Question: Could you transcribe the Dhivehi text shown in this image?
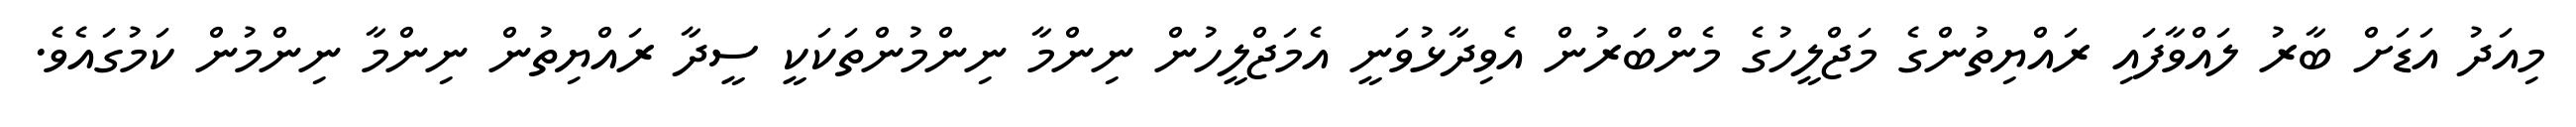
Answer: މިއަދު އަޑަށް ބާރު ލައްވާފައި ރައްޔިތުންގެ މަޖްލީހުގެ މެންބަރުން އެވިދާޅުވަނީ އެމަޖްލީހުން ނިންމާ ނިންމުންތަކަކީ ސީދާ ރައްޔިތުން ނިންމާ ނިންމުން ކަމުގައެވެ.